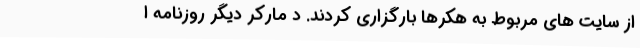
از سایت های مربوط به هکرها بارگزاری کردند. د مارکر دیگر روزنامه ا